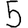
Digit: 5